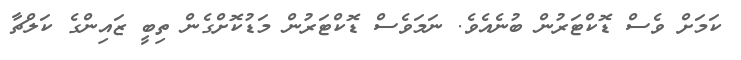
ކަމަށް ވެސް ޑޮކްޓަރުން ބުނެއެވެ. ނަމަވެސް ޑޮކްޓަރުން މަޑުކޮށްގެން ތިބީ ޒައިންގެ ކަލްޗާ